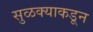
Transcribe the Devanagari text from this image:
सुळक्याकडून